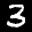
Label: 3